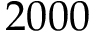
2 0 0 0